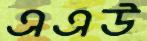
এএউ